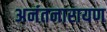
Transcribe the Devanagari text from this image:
अनंतनारायण